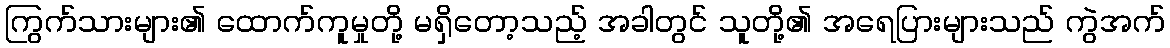
ကြွက်သားများ၏ ထောက်ကူမှုတို့ မရှိတော့သည့် အခါတွင် သူတို့၏ အရေပြားများသည် ကွဲအက်